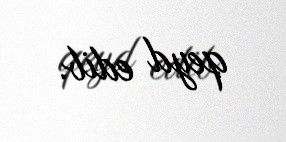
qeyd edib.